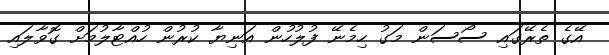
އޭގެ ތެރޭގައި ސޯސަން މަގު ހިމެނޭ ފުލުހުން އަނިޔާ ކުރުން ހުއްޓާލުމަށް ގޮވާލައި